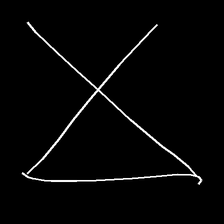
Glyph: collection